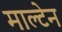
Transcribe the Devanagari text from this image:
माल्टेन